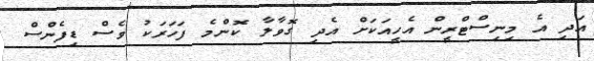
އަދި އެ މިނިސްޓްރީން އެހީއަކަށް އެދި ގޮވާލާ ކޮންމެ ފަހަރަކު ވެސް ޑިފެންސް